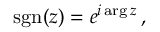
\operatorname { s g n } ( z ) = e ^ { i \arg z } \, ,